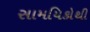
સામયિકોથી